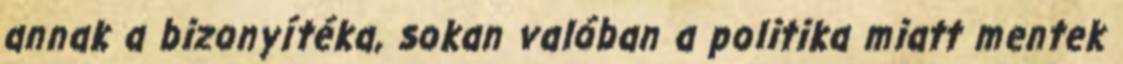
annak a bizonyítéka, sokan valóban a politika miatt mentek